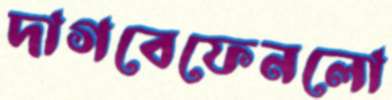
দাগবেফেনলো